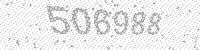
Solution: 506988